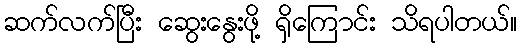
ဆက်လက်ပြီး ဆွေးနွေးဖို့ ရှိကြောင်း သိရပါတယ်။